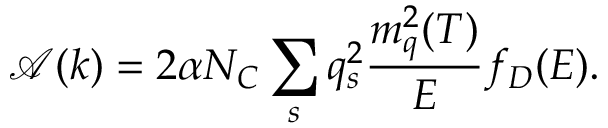
\mathcal { A } ( k ) = 2 \alpha N _ { C } \sum _ { s } q _ { s } ^ { 2 } \frac { m _ { q } ^ { 2 } ( T ) } { E } f _ { D } ( E ) .